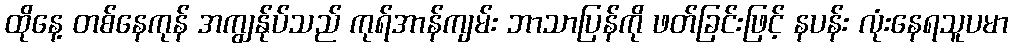
ထိုနေ့ တစ်နေကုန် အကျွန်ုပ်သည် ကုရ်အာန်ကျမ်း ဘာသာပြန်ကို ဖတ်ခြင်းဖြင့် နပန်း လုံးနေရသူပမာ